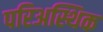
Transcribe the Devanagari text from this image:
परिअस्थिक